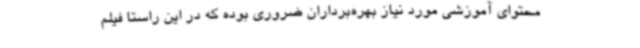
محتوای آموزشی مورد نیاز بهره‌برداران ضروری بوده که در این راستا فیلم